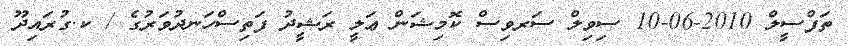
ތަފްސީލް 2010-06-10 ސިވިލް ސަރވިސް ކޮމިޝަން ޢަލީ ރަޝީދު ފަތިސްހަނދުވަރުގެ / ކ.ގުރައިދޫ